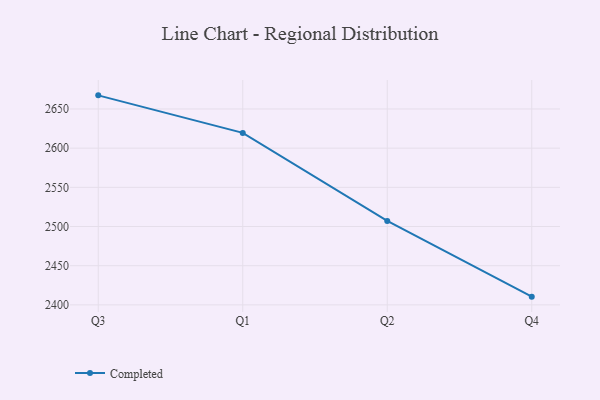
{"axis": {"x": "Quarter", "y": "Page Views"}, "legend": ["Completed"], "data": [{"x": "Q3", "y": 2667.4, "type": "Completed"}, {"x": "Q1", "y": 2619.5, "type": "Completed"}, {"x": "Q2", "y": 2507.1, "type": "Completed"}, {"x": "Q4", "y": 2410.5, "type": "Completed"}]}